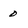
Character: 0